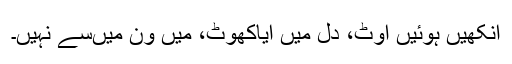
آنکھیں ہوئیں اوٹ، دل میں آیاکھوٹ، میں وِن میںسے نہیں۔